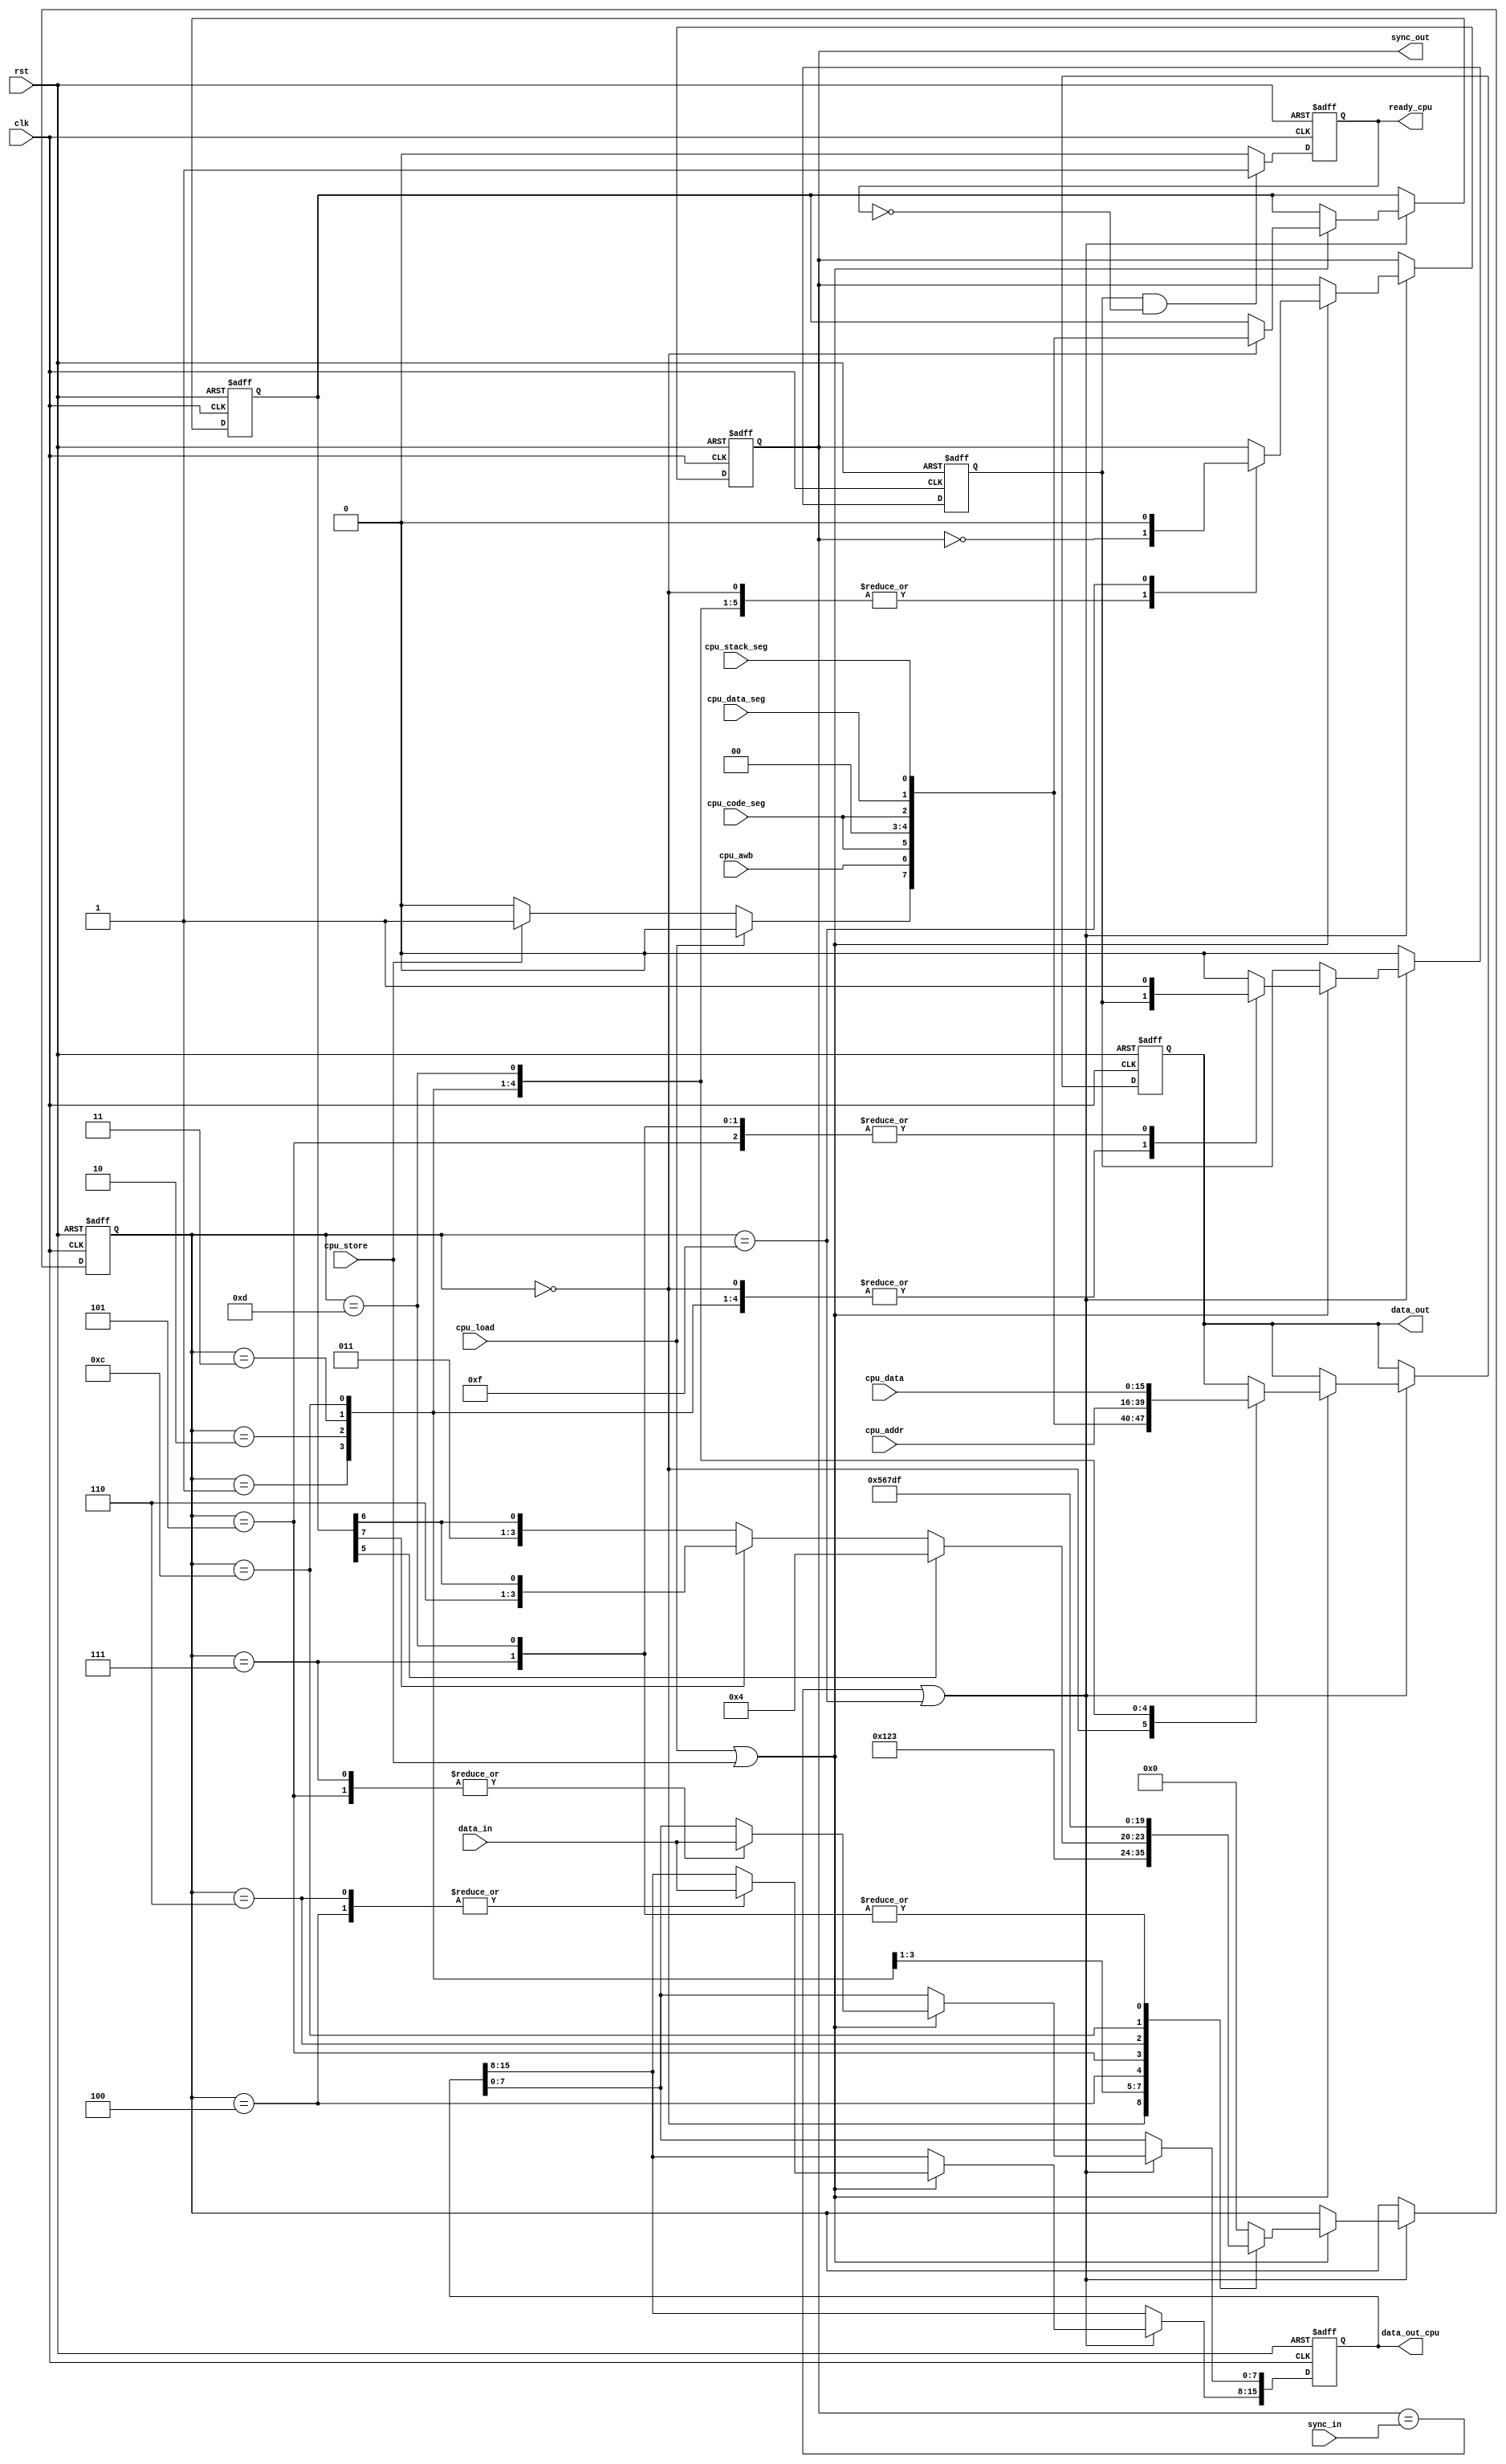
`timescale 1ns / 1ps
//////////////////////////////////////////////////////////////////////////////////
// Company: 
// Engineer: 
// 
// Design Name: 
// Module Name:    IO 
// Project Name: 
// Target Devices: 
// Tool versions: 
// Description: 
//
// Dependencies: 
//
// Revision: 
// Revision 0.01 - File Created
// Additional Comments: 
//
//////////////////////////////////////////////////////////////////////////////////
module IO(
  input clk, rst, 
  input sync_in,
  input [7:0] data_in,

  input cpu_load, cpu_store, 
  input cpu_code_seg, cpu_data_seg, cpu_stack_seg, cpu_awb,
  input [23:0] cpu_addr,
  input [15:0] cpu_data,
  
  output reg sync_out,
  output reg [7:0] data_out,

  output reg ready_cpu,
  output reg [15:0] data_out_cpu
  );
  
  reg ready;
  reg [3:0] main_state;
  reg [7:0] header; // 7:LS 6:W 5:IL 4:r 3:r 2:CS 1:DS 0:SS 

  assign LS_bit = cpu_load ? 1'b0 : cpu_store ? 1'b1 : 1'b0;

  always @(posedge clk or posedge rst) begin
    if (rst) begin
      main_state <= 4'b0000;
      header <= 8'h00;
      sync_out <= 1'b0;
      data_out <= 8'h00;
      data_out_cpu <= 16'h0000;
      ready <= 1'b0;
    end
    else if ((sync_out == sync_in) || (main_state == 4'b1111)) begin
      if ((cpu_load || cpu_store)) begin
        case (main_state)
        4'b0000: begin
          header <= {LS_bit, cpu_awb, cpu_code_seg, 1'b0, 
                     1'b0, cpu_code_seg, cpu_data_seg, cpu_stack_seg};
          data_out <= {LS_bit, cpu_awb, cpu_code_seg, 1'b0, 
                     1'b0, cpu_code_seg, cpu_data_seg, cpu_stack_seg};
          sync_out <= ~sync_out;
          main_state <= 4'b0001;
        end
        4'b0001: begin // segment
          data_out <= cpu_addr[23:16]; 
          sync_out <= ~sync_out;
          main_state <= 4'b0010;
        end

        4'b0010: begin // address hi
          data_out <= cpu_addr[15:8]; 
          sync_out <= ~sync_out;
          main_state <= 4'b0011;
        end

        4'b0011: begin // address lo
          data_out <= cpu_addr[7:0]; 
          sync_out <= ~sync_out;
          if (header[5]) 
            main_state <= 4'b0100;
          else if (!header[7]) 
            main_state <= {3'b011, header[6]};
          else if (header[7])
            main_state <= {3'b110, header[6]};
        end

        4'b0100: begin // recv data hi-hi
          data_out_cpu[15:8] <= data_in; 
          sync_out <= ~sync_out;
          main_state <= 4'b0101;
        end

        4'b0101: begin // recv data hi-lo
          data_out_cpu[7:0] <= data_in; 
          sync_out <= ~sync_out;
          main_state <= 4'b0110;
          ready <= 1'b1;
        end

        4'b0110: begin // recv data lo-hi
          data_out_cpu[15:8] <= data_in;
          sync_out <= ~sync_out;
          main_state <= 4'b0111;
          ready <= 1'b0;
        end

        4'b0111: begin // recv data lo-lo
          data_out_cpu[7:0] <= data_in;
          sync_out <= ~sync_out;
          main_state <= 4'b1111;
          ready <= 1'b1;
        end

        4'b1100: begin // send data hi
          data_out <= cpu_data[15:8];
          sync_out <= ~sync_out;
          main_state <= 4'b1101;
        end

        4'b1101: begin // send data lo
          data_out <= cpu_data[7:0];
          sync_out <= ~sync_out;
          main_state <= 4'b1111;
          ready <= 1'b1;
        end

        4'b1111: begin
          main_state <= 4'b0000;
          ready <= 1'b0;
          sync_out <= 1'b0;
        end

        default: begin
          main_state <= 4'b0000;
          ready <= 1'b0;
        end
        endcase
      end
    end
    else begin
      ready <= 1'b0;
    end
  end
  
  always @(posedge clk or posedge rst) begin
    if (rst) begin
      ready_cpu <= 1'b0;
    end
    else begin
      ready_cpu <= ((ready == 1) && (ready_cpu == 0)) ? 1'b1 : 1'b0;
    end
  end

endmodule